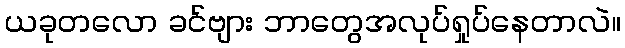
ယခုတလော ခင်ဗျား ဘာတွေအလုပ်ရှုပ်နေတာလဲ။